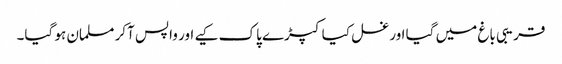
قریبی باغ میں گیا اور غسل کیا کپڑے پاک کیے اور واپس آکر مسلمان ہو گیا۔